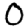
Digit: 0